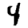
Digit: 4